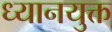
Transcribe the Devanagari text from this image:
ध्‍यानयुक्त